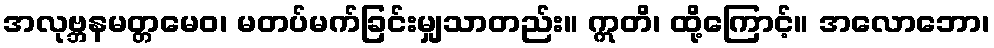
အလုဗ္ဘနမတ္တမေဝ၊ မတပ်မက်ခြင်းမျှသာတည်း။ ဣတိ၊ ထို့ကြောင့်။ အလောဘော၊